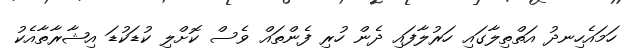
ހަމައެހިނދު އަތްތިލާގައި ހަރުލާފައި ދެން ހުރި ފެންތައް ވެސް ކޮށްލި ކުޑަކުޑަ އިޝާރާތާއެކު